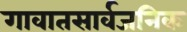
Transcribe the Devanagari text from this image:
गावातसार्वजनिक